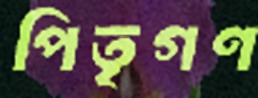
পিতৃগণ